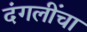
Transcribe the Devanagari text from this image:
दंगलींचा